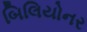
બિલિયોનર